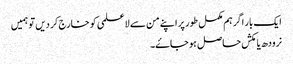
ایک بار اگر ہم مکمل طور پر اپنے من سے لاعلمی کو خارج کر دیں تو ہمیں
نرودھ یا مکش حاصل ہو جاۓ۔